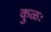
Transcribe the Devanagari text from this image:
कुळः